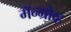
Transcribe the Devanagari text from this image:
मॅन्ग्रोव्ह